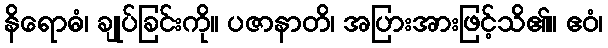
နိရောဓံ၊ ချုပ်ခြင်းကို။ ပဇာနာတိ၊ အပြားအားဖြင့်သိ၏။ ဧဝံ၊